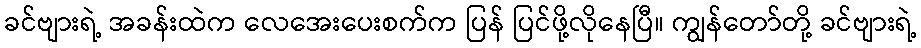
ခင်ဗျားရဲ့ အခန်းထဲက လေအေးပေးစက်က ပြန် ပြင်ဖို့လိုနေပြီ။ ကျွန်တော်တို့ ခင်ဗျားရဲ့